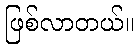
ဖြစ်လာတယ်။